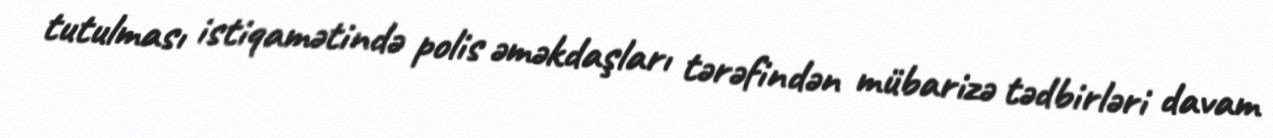
tutulması istiqamətində polis əməkdaşları tərəfindən mübarizə tədbirləri davam